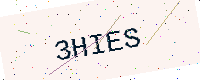
Text: 3HIES